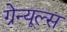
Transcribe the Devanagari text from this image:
ग्रेन्यूल्स